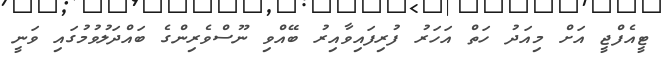
ޓީއެފްޖީ އަށް މިއަދު ހަތް އަހަރު ފުރިފައިވާއިރު ބޭއްވި ނޫސްވެރިންގެ ބައްދަލުވުމުގައި ވަނީ